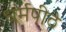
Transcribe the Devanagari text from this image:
धर्मपीठे